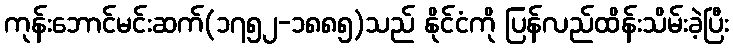
ကုန်းဘောင်မင်းဆက်(၁၇၅၂-၁၈၈၅)သည် နိုင်ငံကို ပြန်လည်ထိန်းသိမ်းခဲ့ပြီး